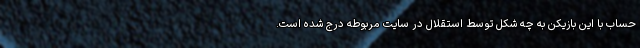
حساب با این بازیکن به چه شکل توسط استقلال در سایت مربوطه درج شده است.